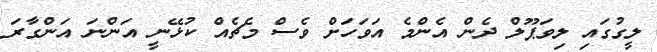
ލީގުގައި ލިވަޕޫލް ދެން އެންމެ އަވަހަށް ވެސް މެޗެއް ކުޅޭނީ އަންނަ އަންގާރަ